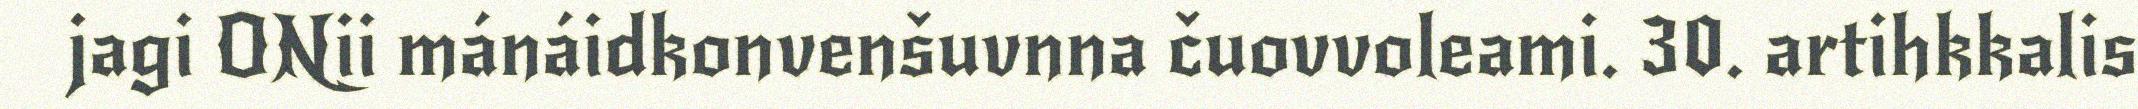
jagi ONii mánáidkonvenšuvnna čuovvoleami. 30. artihkkalis